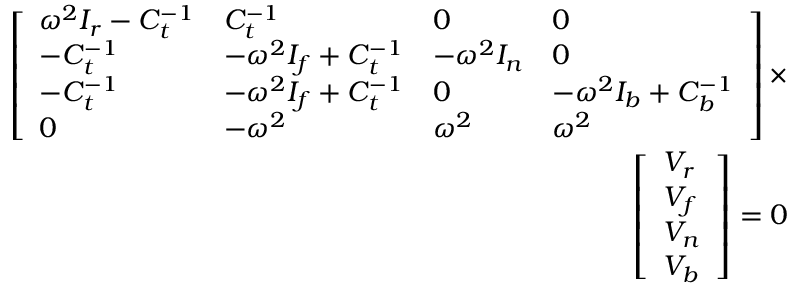
\begin{array} { r } { \left[ \begin{array} { l l l l } { \omega ^ { 2 } I _ { r } - C _ { t } ^ { - 1 } } & { C _ { t } ^ { - 1 } } & { 0 } & { 0 } \\ { - C _ { t } ^ { - 1 } } & { - \omega ^ { 2 } I _ { f } + C _ { t } ^ { - 1 } } & { - \omega ^ { 2 } I _ { n } } & { 0 } \\ { - C _ { t } ^ { - 1 } } & { - \omega ^ { 2 } I _ { f } + C _ { t } ^ { - 1 } } & { 0 } & { - \omega ^ { 2 } I _ { b } + C _ { b } ^ { - 1 } } \\ { 0 } & { - \omega ^ { 2 } } & { \omega ^ { 2 } } & { \omega ^ { 2 } } \end{array} \right] \times } \\ { \left[ \begin{array} { l } { V _ { r } } \\ { V _ { f } } \\ { V _ { n } } \\ { V _ { b } } \end{array} \right] = 0 } \end{array}